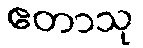
ဧတာသု